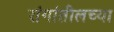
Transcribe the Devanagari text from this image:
रांगांतीलच्या